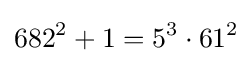
682^{2}+1=5^{3}\cdot 61^{2}